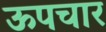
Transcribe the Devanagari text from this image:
ऊपचार